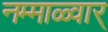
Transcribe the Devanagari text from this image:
नम्माळ्वार्